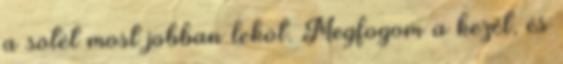
a sötét most jobban leköt. Megfogom a kezét, és